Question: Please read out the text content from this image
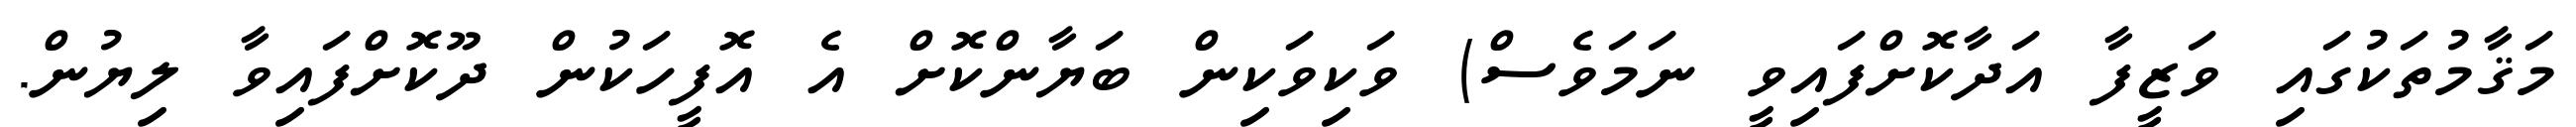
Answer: މަޤާމުތަކުގައި ވަޒީފާ އަދާކޮށްފައިވީ ނަމަވެސް) ވަކިވަކިން ބަޔާންކޮށް އެ އޮފީހަކުން ދޫކޮށްފައިވާ ލިޔުން.